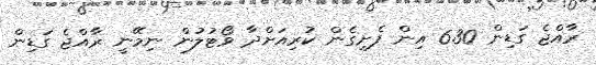
ރާއްޖެ ގަޑިން 6.30 އިން ފެށިގެން ކުރިއަށްދާ ވޯޓުލުން ނިމޭނީ ރާއްޖެ ގަޑިން